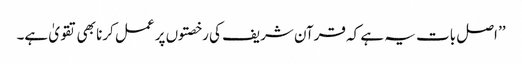
’’ اصل بات یہ ہے کہ قرآن شریف کی رخصتوں پر عمل کرنا بھی تقویٰ ہے۔